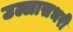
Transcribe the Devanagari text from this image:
उल्लासभरी